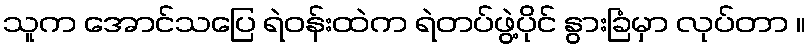
သူက အောင်သပြေ ရဲဝန်းထဲက ရဲတပ်ဖွဲ့ပိုင် နွားခြံမှာ လုပ်တာ ။